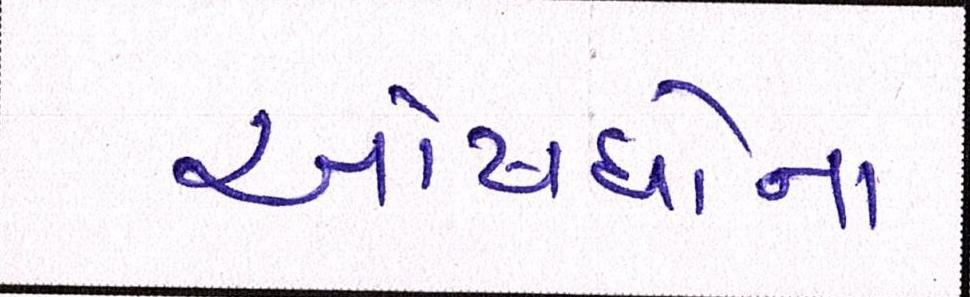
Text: ઔષધોના